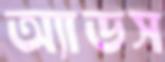
অ্যাডস